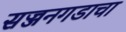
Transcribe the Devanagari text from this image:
सज्जनगडाचा